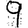
Digit: 9